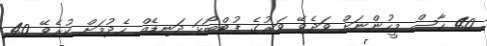
40 ހާސް މީހުންނަށް ވަދެވޭ ވަރުގެ ފުޓްބޯޅަ ދަނޑެއް ހެދުމަށް ކުރެވޭ 40